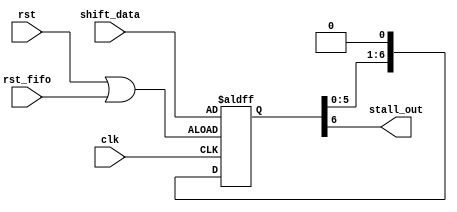
module fifo_v2
(
	input       	clk,rst, rst_fifo,
	input 	[6:0] 	shift_data,
	output 			stall_out
);
	reg [6:0] shift_reg;
	wire or_rst;

	assign stall_out = shift_reg[6];
	assign or_rst = rst || rst_fifo;

	
	always @ (posedge clk or posedge or_rst) begin
		if(or_rst) begin
			shift_reg <= shift_data;
		end
		else begin
			shift_reg[6:0] <= {shift_reg[5:0],1'b0};
		end
	end
	


endmodule